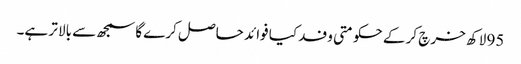
95 لاکھ خرچ کر کے حکومتی وفد کیا فوائد حاصل کرے گا سمجھ سے بالا تر ہے۔